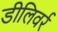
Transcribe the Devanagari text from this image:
डीलिवर्र